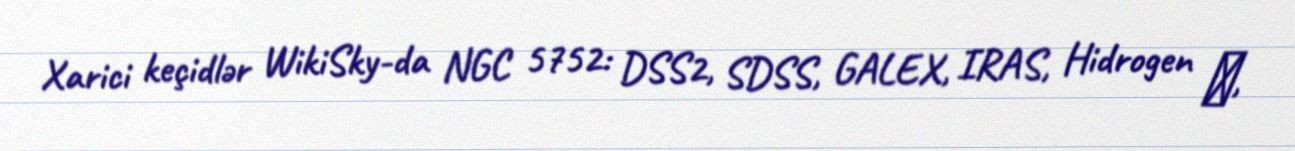
Xarici keçidlər WikiSky-da NGC 5752: DSS2, SDSS, GALEX, IRAS, Hidrogen α,